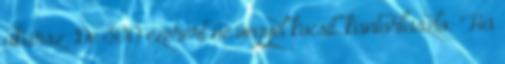
akarsz. De 300 ezerért ne vegyél kocsit. kantorlaszlo: "Ha